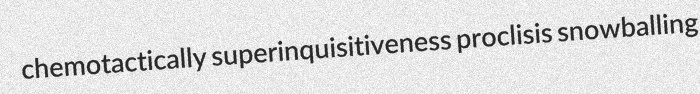
chemotactically superinquisitiveness proclisis snowballing